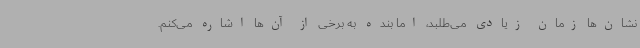
نشان‌ها زمان زیادی می‌طلبد، اما بنده به برخی از آن‌ها اشاره می‌کنم.